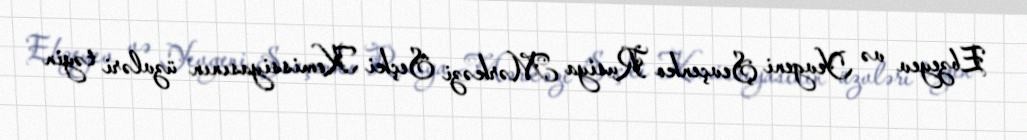
Ebzeyev və Yevgeni Şevçenko Rusiya Mərkəzi Seçki Komissiyasının üzvləri təyin